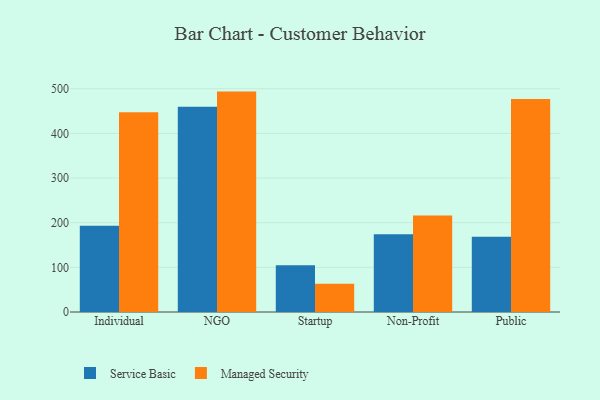
{"axis": {"x": "Segment", "y": "Churn Rate (%)"}, "legend": ["Managed Security", "Service Basic"], "data": [{"x": "Individual", "y": 193.0, "type": "Service Basic"}, {"x": "Individual", "y": 447.6, "type": "Managed Security"}, {"x": "NGO", "y": 459.5, "type": "Service Basic"}, {"x": "NGO", "y": 493.7, "type": "Managed Security"}, {"x": "Startup", "y": 104.9, "type": "Service Basic"}, {"x": "Startup", "y": 63.3, "type": "Managed Security"}, {"x": "Non-Profit", "y": 174.4, "type": "Service Basic"}, {"x": "Non-Profit", "y": 216.4, "type": "Managed Security"}, {"x": "Public", "y": 168.8, "type": "Service Basic"}, {"x": "Public", "y": 477.2, "type": "Managed Security"}]}